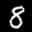
Label: 8